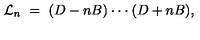
{ \cal L } _ { n } \ = \ ( D - n B ) \cdot \cdot \cdot ( D + n B ) ,